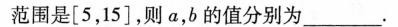
范围是[5，15]，则a，b的值分别为___。